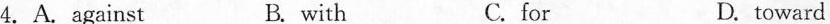
4.A. Against B. with C. for D. toward